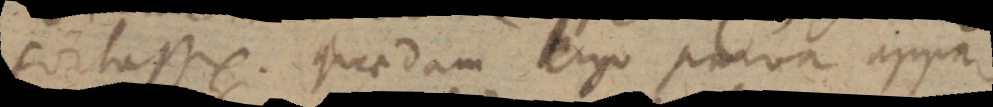
fortasse. Quaedam ergo parva appa